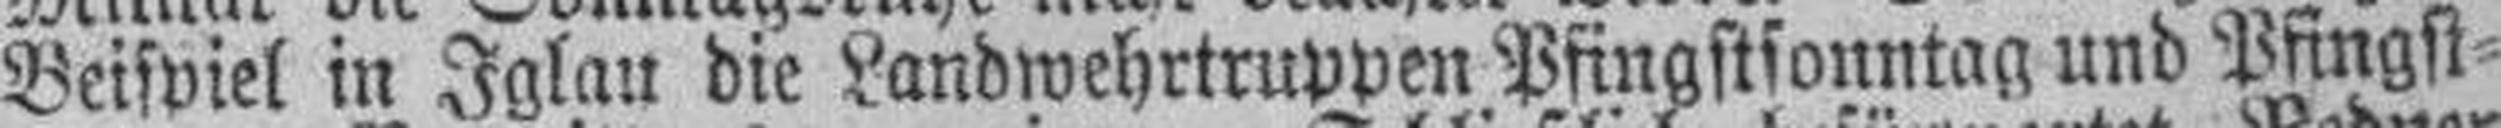
Beispiel in Iglau die Landwehrtruppen Pfingstsonntag und Pfingst¬